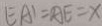
E A ^ { \prime } = A E = x